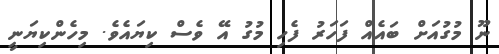
ނޫ މުގުއަށް ބައެއް ފަހަރު ފެހި މުގު އޭ ވެސް ކިޔައެވެ. މިހެންކިޔަނީ